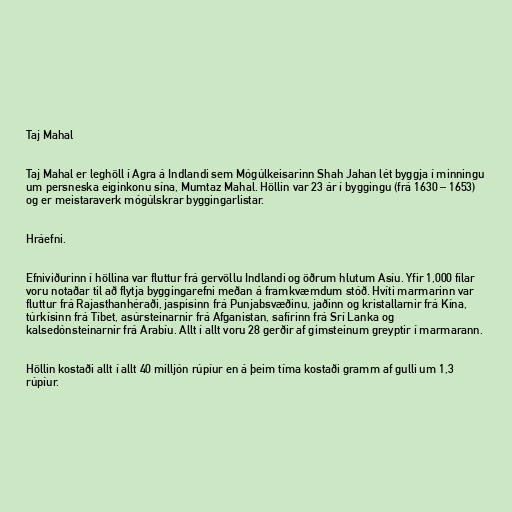
Taj Mahal

Taj Mahal er leghöll í Agra á Indlandi sem Mógúlkeisarinn Shah Jahan lét byggja í minningu
um persneska eiginkonu sína, Mumtaz Mahal. Höllin var 23 ár í byggingu (frá 1630 – 1653)
og er meistaraverk mógúlskrar byggingarlistar.

Hráefni.

Efniviðurinn í höllina var fluttur frá gervöllu Indlandi og öðrum hlutum Asíu. Yfir 1,000 fílar
voru notaðar til að flytja byggingarefni meðan á framkvæmdum stóð. Hvíti marmarinn var
fluttur frá Rajasthanhéraði, jaspisinn frá Punjabsvæðinu, jaðinn og kristallarnir frá Kína,
túrkísinn frá Tíbet, asúrsteinarnir frá Afganistan, safírinn frá Srí Lanka og
kalsedónsteinarnir frá Arabíu. Allt í allt voru 28 gerðir af gimsteinum greyptir í marmarann.

Höllin kostaði allt í allt 40 milljón rúpíur en á þeim tíma kostaði gramm af gulli um 1,3
rúpíur.